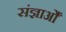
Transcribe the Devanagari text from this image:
संज्ञाओँ